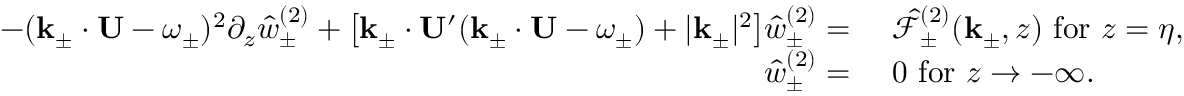
\begin{array} { r l } { - ( \mathbf { k } _ { \pm } \cdot \mathbf { U } - \omega _ { \pm } ) ^ { 2 } \partial _ { z } \hat { w } _ { \pm } ^ { ( 2 ) } + \big [ \mathbf { k } _ { \pm } \cdot \mathbf { U } ^ { \prime } ( \mathbf { k } _ { \pm } \cdot \mathbf { U } - \omega _ { \pm } ) + | \mathbf { k } _ { \pm } | ^ { 2 } \big ] \hat { w } _ { \pm } ^ { ( 2 ) } = ~ } & { \hat { \mathcal { F } } _ { \pm } ^ { ( 2 ) } ( \mathbf { k } _ { \pm } , z ) ~ \mathrm { f o r } ~ z = \eta , } \\ { \hat { w } _ { \pm } ^ { ( 2 ) } = ~ } & { 0 ~ \mathrm { f o r } ~ z \to - \infty . } \end{array}